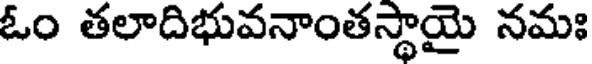
ఓం తలాదిభువనాంతస్థాయై నమః